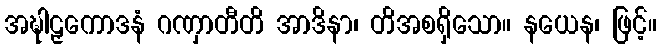
အဍ္ဎါဠှကောဒနံ ဂဏှာတီတိ အာဒိနာ၊ တိအစရှိသော။ နယေန၊ ဖြင့်။